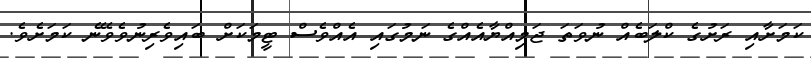
ކަމަށާއި ރަށުގެ ކްލަބެއް ނުވަތަ ޖަމިއްޔާއެއްގެ ނަމުގައި އެއްވެސް ޓީމަކަށް ބައިވެރިނުވެވޭނެ ކަމަށެވެ.